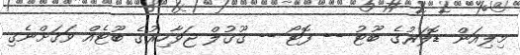
މިލިއަން ޑޮލަރުގެ ބޫޓު -- ފޮޓޯ -- ގޫގުލް ޖަވާހިރުގެ ބޫޓެއް ވަގަށްނެގި